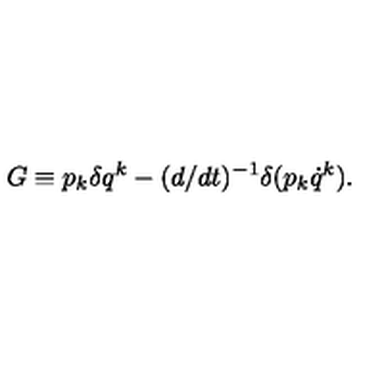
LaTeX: G \equiv p _ { k } \delta q ^ { k } - ( d / d t ) ^ { - 1 } \delta ( p _ { k } \dot { q } ^ { k } ) .